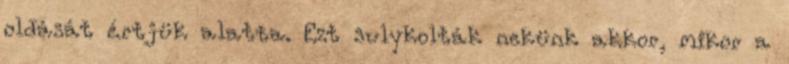
oldását értjük alatta. Ezt sulykolták nekünk akkor, mikor a